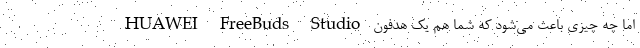
اما چه چیزی باعث می‌شود که شما هم یک هدفون HUAWEI FreeBuds Studio